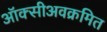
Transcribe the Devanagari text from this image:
ऑक्सीअवक्रमित